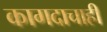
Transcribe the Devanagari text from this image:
कागदाचाही